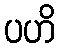
ပဟိ